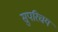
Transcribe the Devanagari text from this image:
सुपरिचय